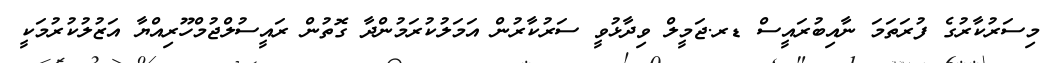
މިސަރުކާރުގެ ފުރަތަމަ ނާއިބުރައީސް ޑރ.ޖަމީލް ވިދާޅުވީ ސަރުކާރުން އަމަލުކުރަމުންދާ ގޮތުން ރައީސުލްޖުމްހޫރިއްޔާ އަޒުލުކުރުމަކީ